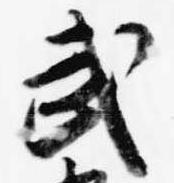
武